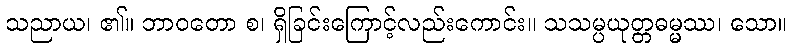
သညာယ၊ ၏။ ဘာဝတော စ၊ ရှိခြင်းကြောင့်လည်းကောင်း။ သသမ္ပယုတ္တဓမ္မဿ၊ သော။